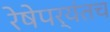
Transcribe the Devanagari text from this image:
रेषेपर्यंतच